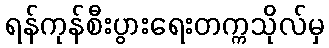
ရန်ကုန်စီးပွားရေးတက္ကသိုလ်မှ